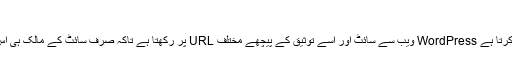
ان کا مقام
متحرک متحرک سے رابطہ منقطع کرتا ہے WordPress ویب سے سائٹ اور اسے توثیق کے پیچھے مختلف URL پر رکھتا ہے تاکہ صرف سائٹ کے مالک ہی اس سائٹ تک رسائی حاصل کرسکیں۔